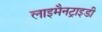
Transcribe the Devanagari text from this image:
लाइमैनट्राइडी